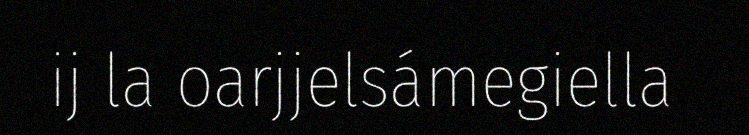
ij la oarjjelsámegiella